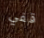
قفي